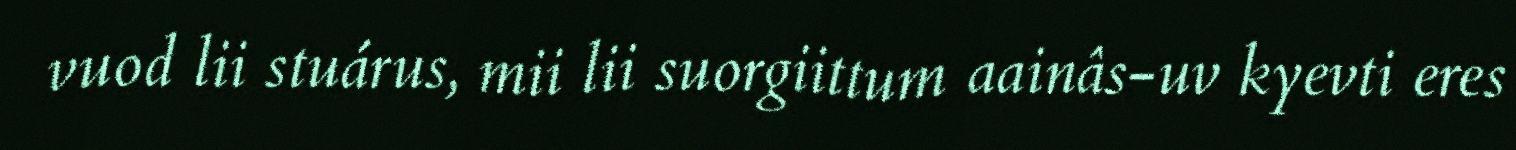
vuod lii stuárus, mii lii suorgiittum aainâs-uv kyevti eres